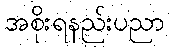
အစိုးရနည်းပညာ